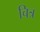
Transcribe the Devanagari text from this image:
चित्र